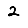
Digit: 2